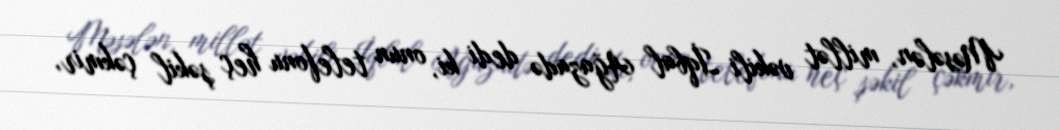
Məsələn, millət vəkili İqbal Ağazadə dedi ki, onun telefonu heç şəkil çəkmir,